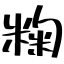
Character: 粷